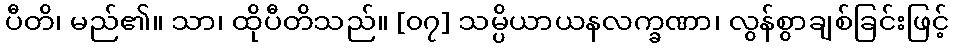
ပီတိ၊ မည်၏။ သာ၊ ထိုပီတိသည်။ [၀၇] သမ္ပိယာယနလက္ခဏာ၊ လွန်စွာချစ်ခြင်းဖြင့်